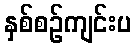
နှစ်စဉ်ကျင်းပ